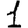
Digit: 1